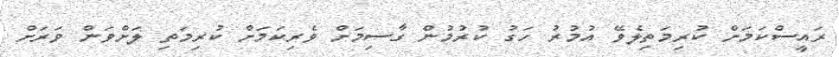
ރައީސްކަމަށް ކުރިމަތިލެވޭ އުމުރު ހަގު ކުރުމުން ގާސިމަށް ވެރިކަމަށް ކުރިމަތި ލަށްވަން ވަރަށް